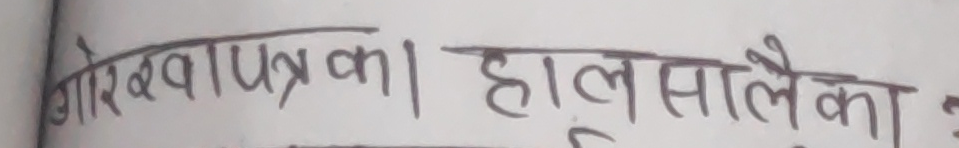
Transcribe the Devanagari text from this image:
गोरखापत्रका हालसालैका :